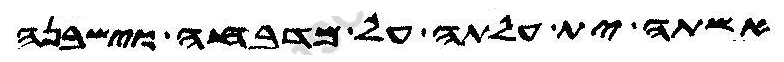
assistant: אשתה ית עלתה על מדבחה וישבנה